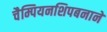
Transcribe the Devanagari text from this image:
चैम्पियनशिपबनाने